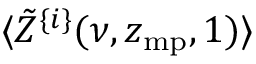
\langle \tilde { Z } ^ { \{ i \} } ( \nu , z _ { \mathrm { m p } } , 1 ) \rangle